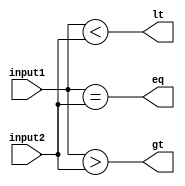
module comparator_16bit(
    input [15:0] input1,
    input [15:0] input2,
    output gt,    // Output indicating input1 > input2
    output lt,    // Output indicating input1 < input2
    output eq     // Output indicating input1 == input2
);

assign gt = (input1 > input2);
assign lt = (input1 < input2);
assign eq = (input1 == input2);

endmodule